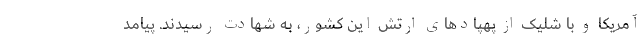
آمریکا و با شلیک از پهپادهای ارتش این کشور، به شهادت رسیدند. پیامد